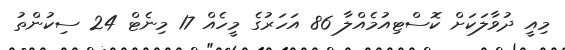
މިއީ ދުވާލަކަށް ކޮސްޓިއުމެއްލާ 86 އަހަރުގެ މީހެއް 17 މިނެޓް 24 ސިކުންތު